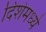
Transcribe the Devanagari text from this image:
दिशेमध्ये